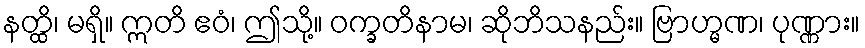
နတ္ထိ၊ မရှိ။ ဣတိ ဧဝံ၊ ဤသို့။ ဝက္ခတိနာမ၊ ဆိုဘိသနည်း။ ဗြာဟ္မဏ၊ ပုဏ္ဏား။